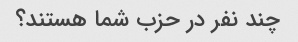
چند نفر در حزب شما هستند؟